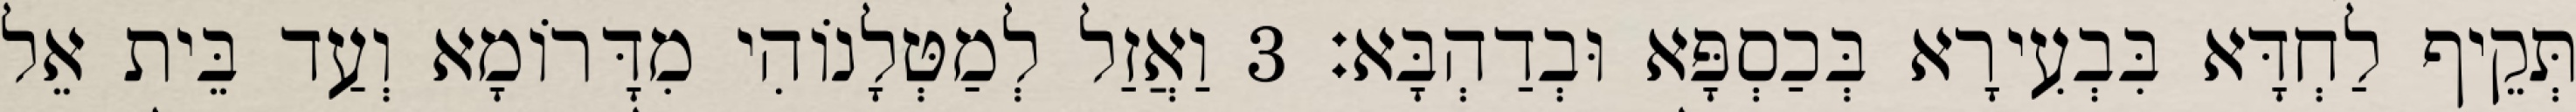
תְּקֵיף לַחְדָּא בִּבְעִירָא בְּכַסְפָּא וּבְדַהְבָּא׃ 3 וַאֲזַל לְמַטְּלָנוֹהִי מִדָּרוֹמָא וְעַד בֵּית אֵל